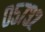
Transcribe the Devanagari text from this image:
०५७३२